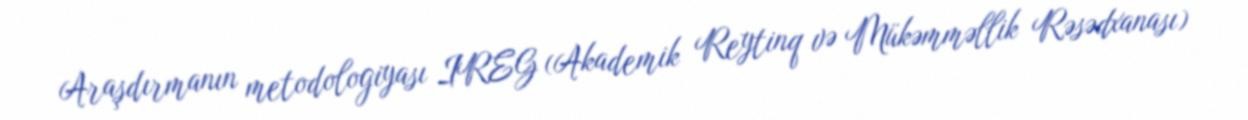
Araşdırmanın metodologiyası IREG (Akademik Reytinq və Mükəmməllik Rəsədxanası)